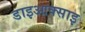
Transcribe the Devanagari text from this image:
डाइआक्साइ